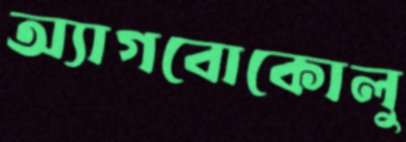
অ্যাগবোকোলু